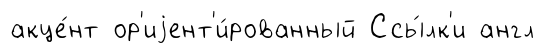
акце́нт ор'иjент'и́рованный Ссы́лк'и англ